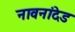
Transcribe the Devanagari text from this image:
नावनांदेड